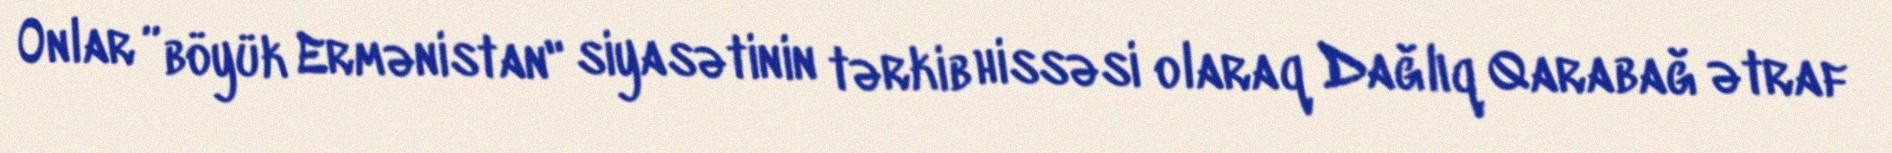
Onlar ”böyük Ermənistan" siyasətinin tərkib hissəsi olaraq Dağlıq Qarabağ ətraf